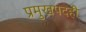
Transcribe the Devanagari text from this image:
प्रमुखपदही